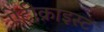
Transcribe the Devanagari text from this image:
ऐंटीक्राइस्ट